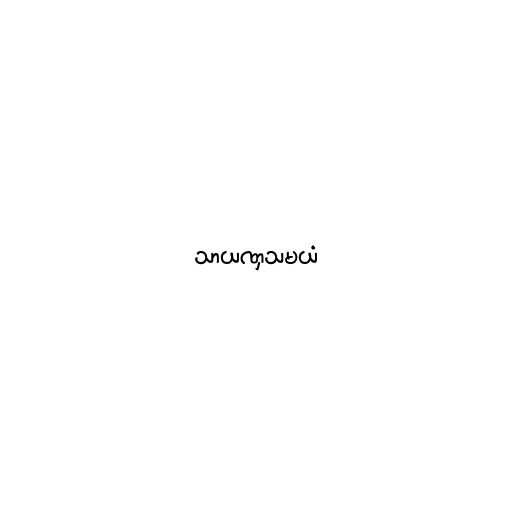
သာယဏှသမယံ